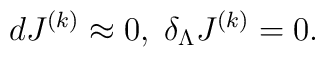
d J^{ (k)} \approx 0, \; \delta_\Lambda J^{ (k)} = 0.